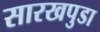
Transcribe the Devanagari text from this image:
सारखपुडा